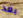
بعد